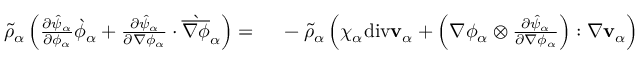
\begin{array} { r l } { \tilde { \rho } _ { \alpha } \left( \frac { \partial \hat { \psi } _ { \alpha } } { \partial \phi _ { \alpha } } \grave { \phi } _ { \alpha } + \frac { \partial \hat { \psi } _ { \alpha } } { \partial \nabla \phi _ { \alpha } } \cdot \grave { \overline { { \nabla \phi } } } _ { \alpha } \right) = } & { { } ~ - \tilde { \rho } _ { \alpha } \left( \chi _ { \alpha } \mathrm { d i v } \mathbf { v } _ { \alpha } + \left( \nabla \phi _ { \alpha } \otimes \frac { \partial \hat { \psi } _ { \alpha } } { \partial \nabla \phi _ { \alpha } } \right) : \nabla \mathbf { v } _ { \alpha } \right) } \end{array}